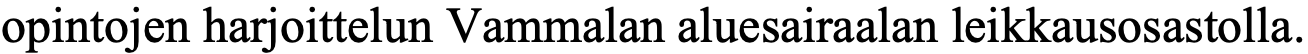
opintojen harjoittelun Vammalan aluesairaalan leikkausosastolla.